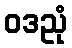
ဝဒညုံ